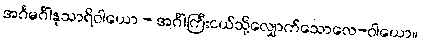
အင်္ဂမင်္ဂါနုသာရိဝါယော - အင်္ဂါကြီးငယ်သို့လျှောက်သောလေ-ဝါယော။